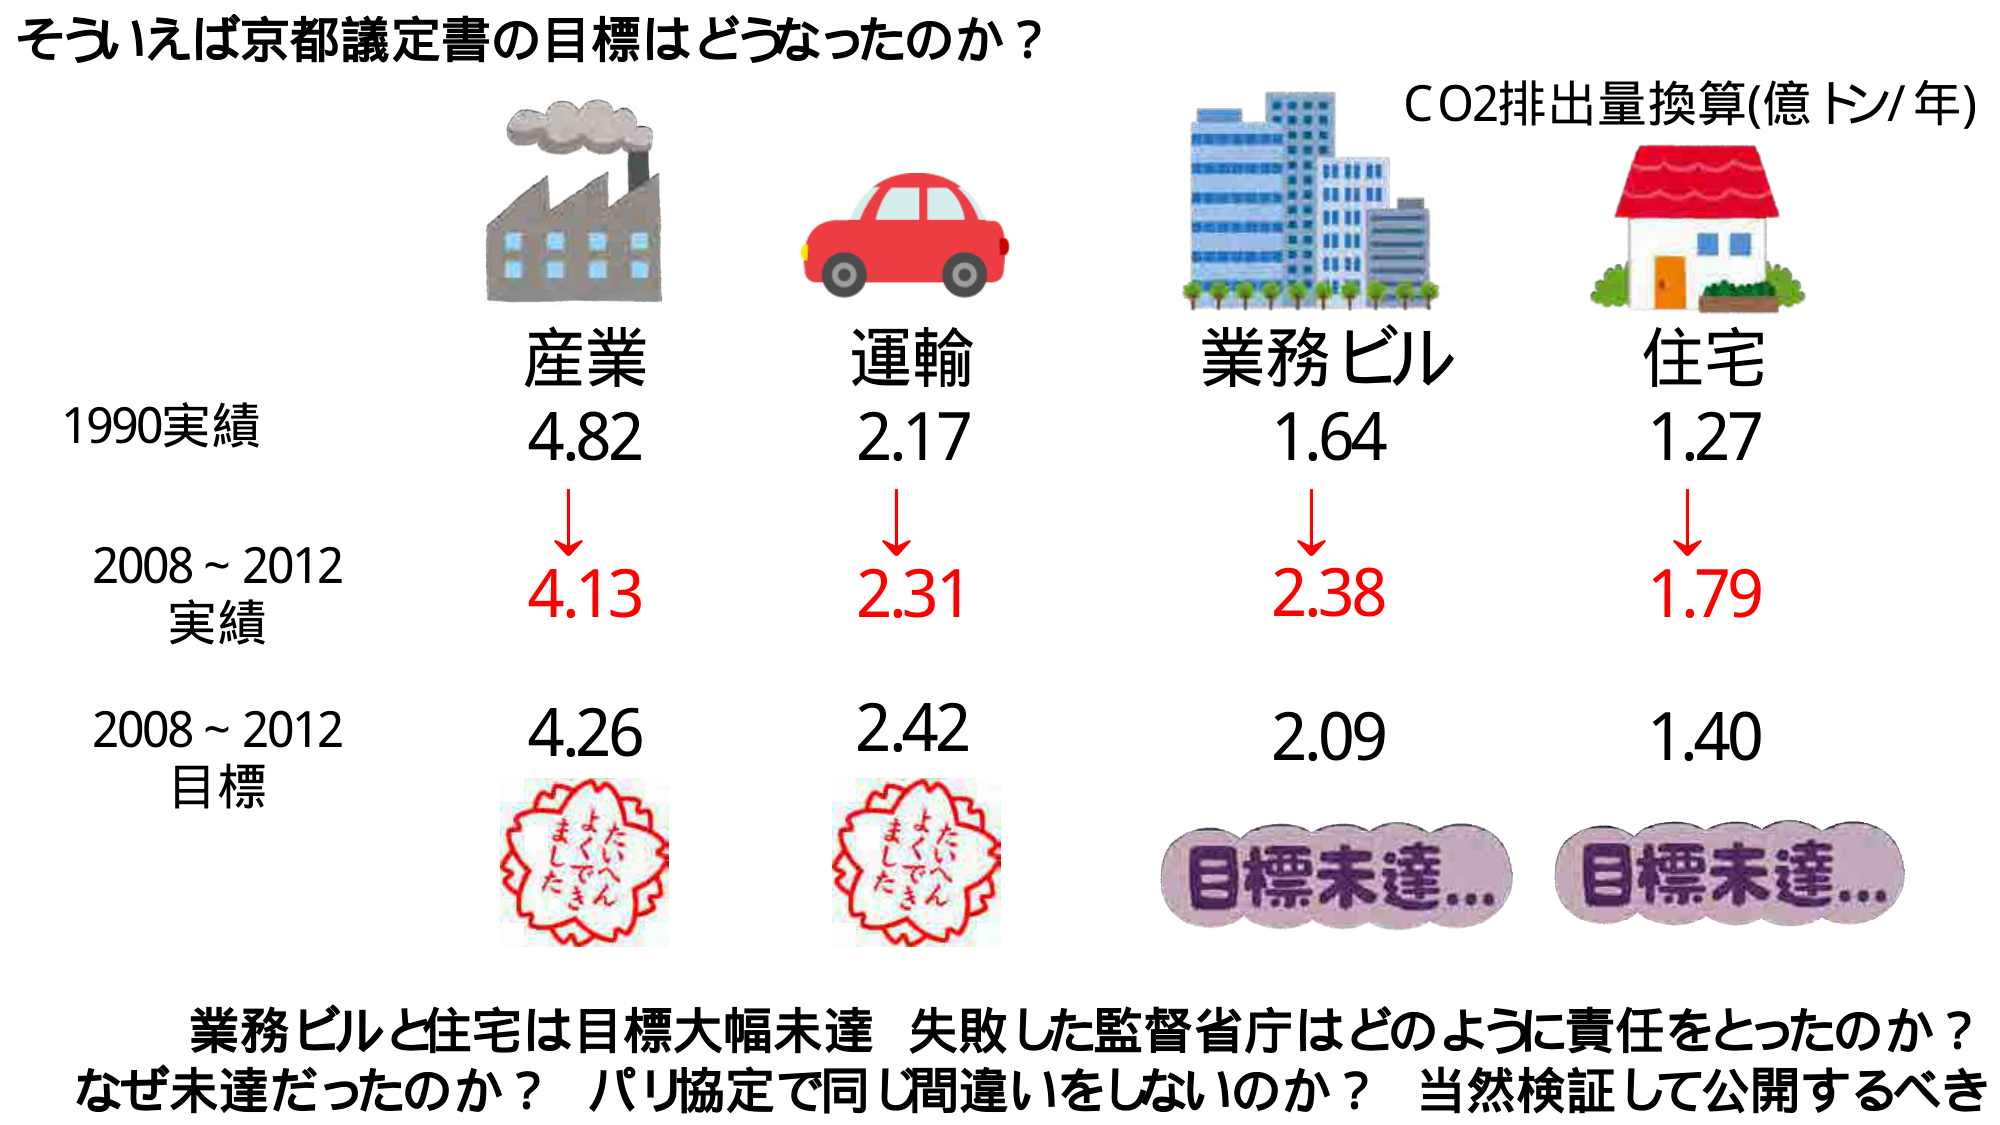
そういえば京都議定書の目標はどうなったのか？

CO2排出量換算(億トン/年)

産業
運輸
業務ビル
住宅

1990実績
4.82
2.17
1.64
1.27

2008～2012
実績
4.13
2.31
2.38
1.79

2008～2012
目標
4.26
2.42
2.09
1.40

たへん
よくでき
ました
たへん
よくでき
ました
目標未達...
目標未達...

業務ビルと住宅は目標大幅未達 失敗した監督省庁はどのように責任をとったのか？
なぜ未達だったのか？ パリ協定で同じ間違いをしないのか？ 当然検証して公開するべき